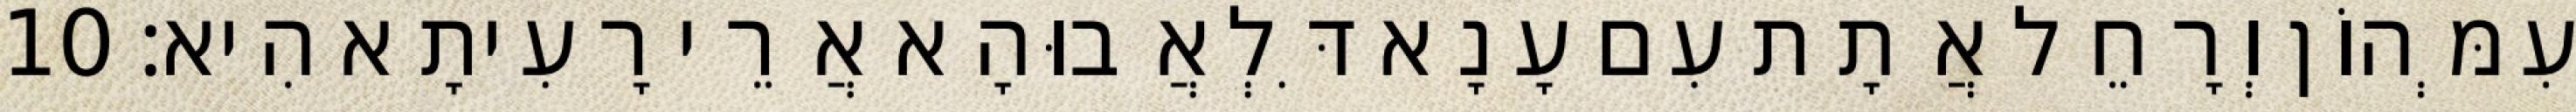
עִמְּהוֹן וְרָחֵל אֲתָת עִם עָנָא דִּלְאֲבוּהָא אֲרֵי רָעִיתָא הִיא׃ 10